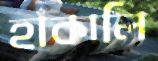
হাঁকালি